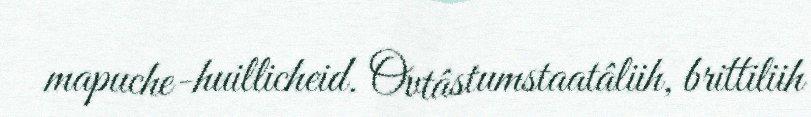
mapuche-huillicheid. Ovtâstumstaatâliih, brittiliih